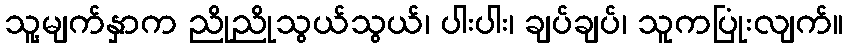
သူ့မျက်နှာက ညိုညိုသွယ်သွယ်၊ ပါးပါး၊ ချပ်ချပ်၊ သူကပြုံးလျက်။